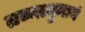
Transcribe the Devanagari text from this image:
तच्चानुमानं